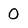
Character: 0